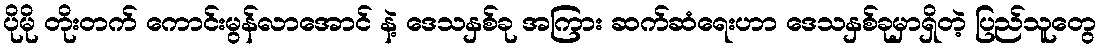
ပိုမို တိုးတက် ကောင်းမွန်လာအောင် နဲ့ ဒေသနှစ်ခု အကြား ဆက်ဆံရေးဟာ ဒေသနှစ်ခုမှာရှိတဲ့ ပြည်သူတွေ